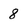
Character: 8